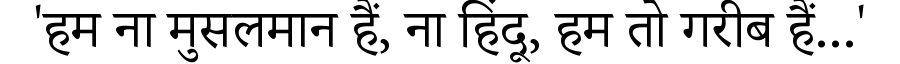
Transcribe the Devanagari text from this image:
'हम ना मुसलमान हैं, ना हिंदू, हम तो गरीब हैं...'